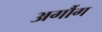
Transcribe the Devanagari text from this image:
अर्गौग